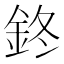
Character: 鉖